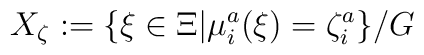
X_\zeta := \{ \xi \in \Xi | \mu_i^a(\xi)  = \zeta^a_i \} / G